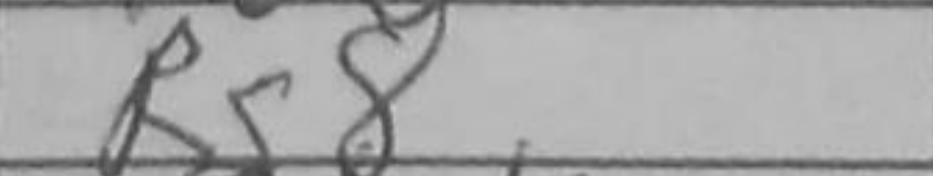
Transcription: Rg8